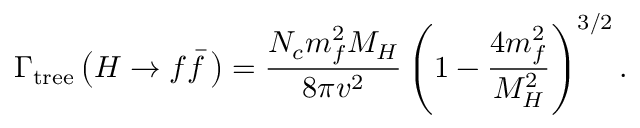
\Gamma _ { \mathrm { t r e e } } \left( H \rightarrow f \bar { f } \, \right) = { \frac { N _ { c } m _ { f } ^ { 2 } M _ { H } } { 8 \pi v ^ { 2 } } } \left( 1 - { \frac { 4 { m _ { f } ^ { 2 } } } { M _ { H } ^ { 2 } } } \right) ^ { 3 / 2 } .